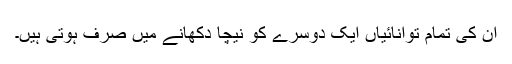
ان کی تمام توانائیاں ایک دوسرے کو نیچا دکھانے میں صرف ہوتی ہیں۔